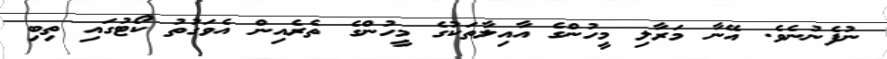
ނުފެނުނެވެ. އޭނާ މަރާލި މީހުންގެ އާއިލާތަކުގެ މީހުންގެ ތެރެއިން އެވަގުތު ކޯޓުގައި ތިބި